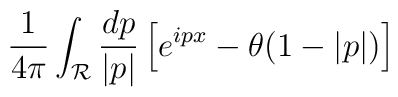
{1\over {4\pi}}\int_{\cal R} {{dp}\over{|p|}}\left [e^{ipx} - \theta(1-|p|) \right ]